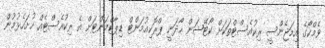
ވެމްކޯގެ އިމަޖެންސީ ރިކުއެސްޓްތަކަށް ކޯޓޭޝަން ހޯދަނީ ޕްރޮކިއުމަންޓް ޑިޕާޓްމަންޓަށް އެ ރިކުއެސްޓެއް ހުށަހެޅުމުން